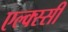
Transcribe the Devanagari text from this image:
एल्क्स्सी